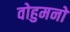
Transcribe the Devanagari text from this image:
वोहुमनो